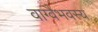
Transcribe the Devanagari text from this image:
वाग्वैभवस्य